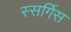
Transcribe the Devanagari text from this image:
स्सर्गिस